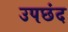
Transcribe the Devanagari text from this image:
उपछंद